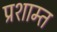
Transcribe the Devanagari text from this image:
प्रशाम्त